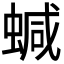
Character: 𧍧